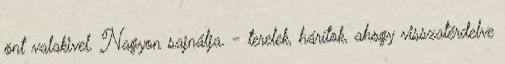
önt valakivel. Nagyon sajnálja. - terelek, hárítok, ahogy visszatérdelve